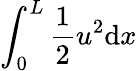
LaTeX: \int_{0}^{L}\frac{1}{2}u^{2}\mathrm{d}x